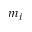
m _ { i }